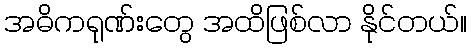
အဓိကရုဏ်းတွေ အထိဖြစ်လာ နိုင်တယ်။